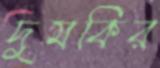
দুমকির